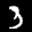
Label: 3